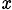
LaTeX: _\mathit{x}